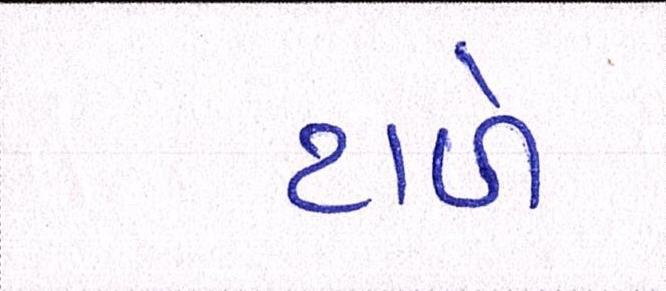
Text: ટાળે